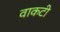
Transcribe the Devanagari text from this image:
वाकटी